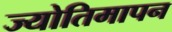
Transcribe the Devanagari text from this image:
ज्योतिमापन